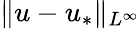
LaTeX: \Vert u-u_{*}\Vert_{L^{\infty}}